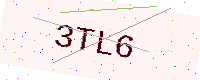
Text: 3TL6